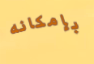
بإمكانه